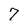
Character: 7